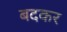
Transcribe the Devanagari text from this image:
बदकर